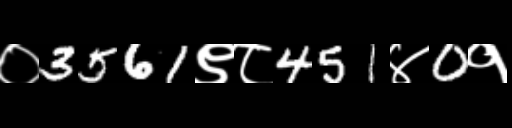
Text: ०3561९८451४0१